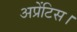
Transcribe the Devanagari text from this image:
अप्रेंटिस।